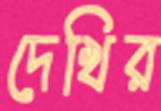
দেখির